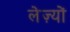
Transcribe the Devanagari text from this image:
लेज़्यों